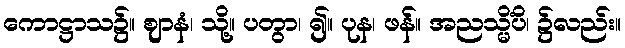
ကောဋ္ဌာသ၌။ ဈာနံ၊ သို့။ ပတွာ၊ ၍။ ပုန၊ ဖန်။ အညသ္မိံပိ၊ ၌လည်း။